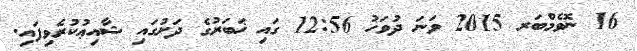
16 ނޮވެމްބަރ 2015 ވަނަ ދުވަހު 12:56 ގައި ޚަބަރުގެ ދަށުގައި ޝާއިޢުކުރެވިފައި.